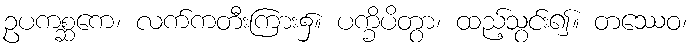
ဥပကစ္ဆကေ၊ လက်ကတီးကြား၌။ ပက္ခိပိတွာ၊ ထည့်သွင်း၍။ တဿေဝ၊